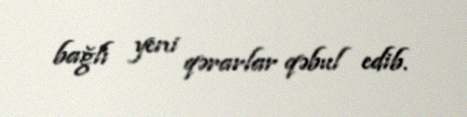
bağlı yeni qərarlar qəbul edib.